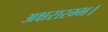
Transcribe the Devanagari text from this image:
अक्षरारम्भ।